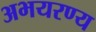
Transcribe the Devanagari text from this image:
अभयरण्य